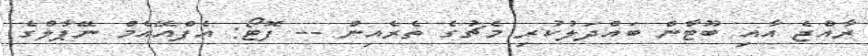
ރާއްޖެ އާއި ބޫޓާން ބައްދަލުކުރި މެޗުގެ ތެރެއިން -- ފޮޓޯ: އެފްއޭއެމް ނޭޕާލްގެ